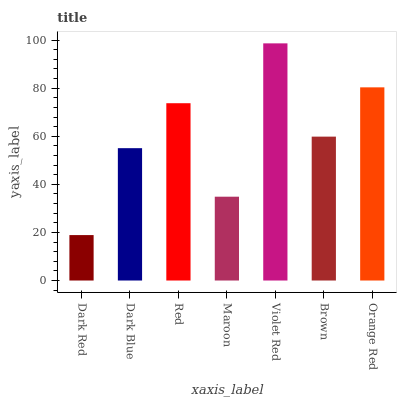
| xaxis_label | bars |
 | --- | --- |
 | Dark Red | 18.9 |
 | Dark Blue | 55 |
 | Red | 73.7 |
 | Maroon | 34.9 |
 | Violet Red | 98.6 |
 | Brown | 59.8 |
 | Orange Red | 80.3 |